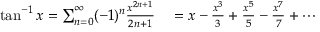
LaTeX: \begin{array} { r l } { \tan ^ { - 1 } x = \sum _ { n = 0 } ^ { \infty } ( - 1 ) ^ { n } { \frac { x ^ { 2 n + 1 } } { 2 n + 1 } } } & { { } = x - { \frac { x ^ { 3 } } { 3 } } + { \frac { x ^ { 5 } } { 5 } } - { \frac { x ^ { 7 } } { 7 } } + \cdots } \end{array}